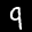
Label: 9